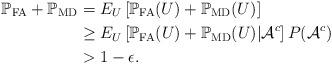
LaTeX: \begin{align*}\mathbb{P}_{\rm FA} + \mathbb{P}_{\rm MD} & = E_U\left [\mathbb{P}_{\rm FA}(U) + \mathbb{P}_{\rm MD}(U) \right] \\ & \geq E_U \left [\mathbb{P}_{\rm FA}(U) + \mathbb{P}_{\rm MD}(U)|{\mathcal{A}^c} \right] P({ \mathcal{A}^c}) \\ & > 1 - \epsilon.\end{align*}